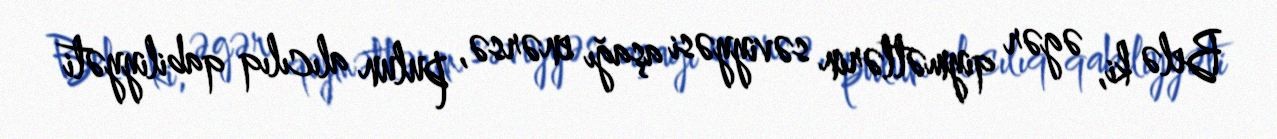
Belə ki, əgər qiymətlərin səviyyəsi aşağı enərsə, pulun alıcılıq qabiliyyəti